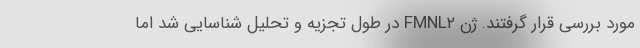
مورد بررسی قرار گرفتند. ژن FMNL۲ در طول تجزیه و تحلیل شناسایی شد اما